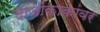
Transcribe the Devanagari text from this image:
दाजीकाकांवर